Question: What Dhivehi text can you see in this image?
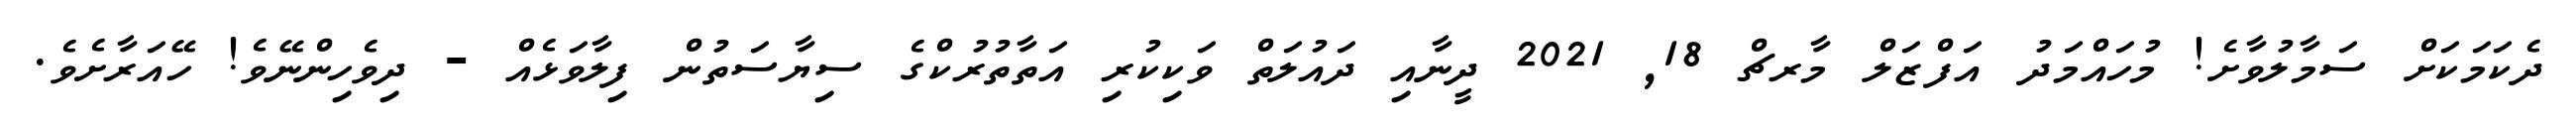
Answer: ދެކަމަކަށް ސަމާލުވާށެ! މުހައްމަދު އަފްޒަލް މާރޗް 18, 2021 ދީނާއި ދައުލަތް ވަކިކުރި އަތާތުރުކްގެ ސިޔާސަތުން ފިލާވަޅެއް - ދިވެހިންނޭވެ! ހޭއަރާށެވެ.